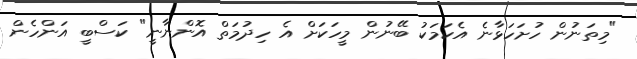
"މިތަނުން ހުށަހަޅާނެ އެކަމަކު ބޭނުން މީހަކަށް އެ ހިދުމަތް އޮންނާނީ" ކަސްބީ އަންހެން